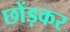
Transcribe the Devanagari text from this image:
छोंड़कर